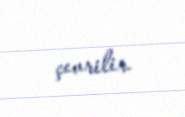
çevrilir.